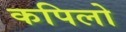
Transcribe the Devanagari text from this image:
कपिलो